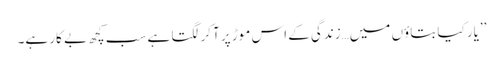
’’یار کیا بتاؤں میں…زندگی کے اس موڑ پر آکر لگتا ہے سب کچھ بے کار ہے۔